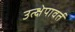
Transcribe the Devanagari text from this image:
उत्क्षेपावर्त